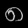
Digit: ၈